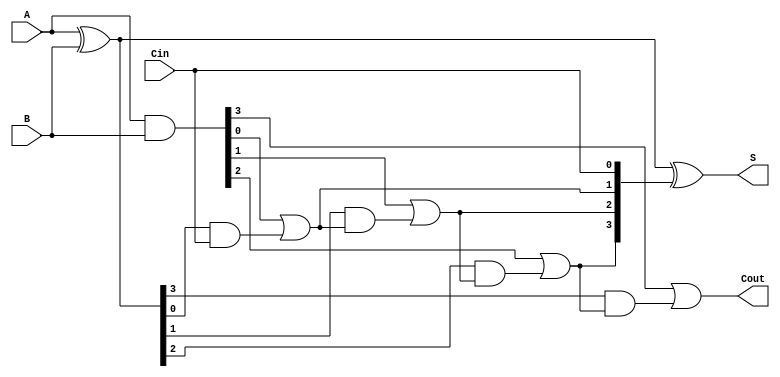
module RCLA #(parameter N = 4) (
    input [N-1:0] A,
    input [N-1:0] B,
    input Cin,
    output [N-1:0] S,
    output Cout
);

    wire [N-1:0] G; // Generate signals
    wire [N-1:0] P; // Propagate signals
    wire [N:0] C;   // Carry signals

    // Generate and Propagate Signal Calculation
    assign G = A & B;        // Gi = Ai AND Bi
    assign P = A ^ B;        // Pi = Ai XOR Bi

    // Carry signal calculation using lookahead logic
    assign C[0] = Cin;       // C0 = Cin
    genvar i;
    generate
        for (i = 0; i < N; i = i + 1) begin : carry_gen
            assign C[i+1] = G[i] | (P[i] & C[i]); // Ci+1 = Gi OR (Pi AND Ci)
        end
    endgenerate

    // Sum Calculation
    assign S = P ^ C[N-1:0]; // Si = Ai XOR Bi XOR Ci

    // Cout output (carry out from the final stage)
    assign Cout = C[N];

endmodule